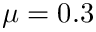
\mu = 0 . 3